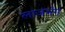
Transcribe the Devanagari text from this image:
लाजभंग